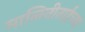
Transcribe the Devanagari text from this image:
मालिनीताईंच्या